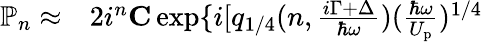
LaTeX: \begin{array}{rl}{\mathbb{P}_{n}\approx}&{{}2i^{n}{\mathbf C}\exp\{ i[q_{1/4}(n,\frac{i\Gamma+\Delta}{\hbar\omega})(\frac{\hbar\omega}{U_{\mathrm{p}}})^{1/4}}\end{array}